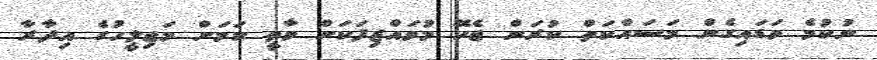
ނުކުމެ ވަޑައިގެން މަސައްކަތް ކުރަން ޖެހޭ މުވައްޒިފަކަށް ވާތީ ކަމަށް މަޖިލީހުގެ އިދާރާ